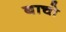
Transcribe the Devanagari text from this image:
बाचो